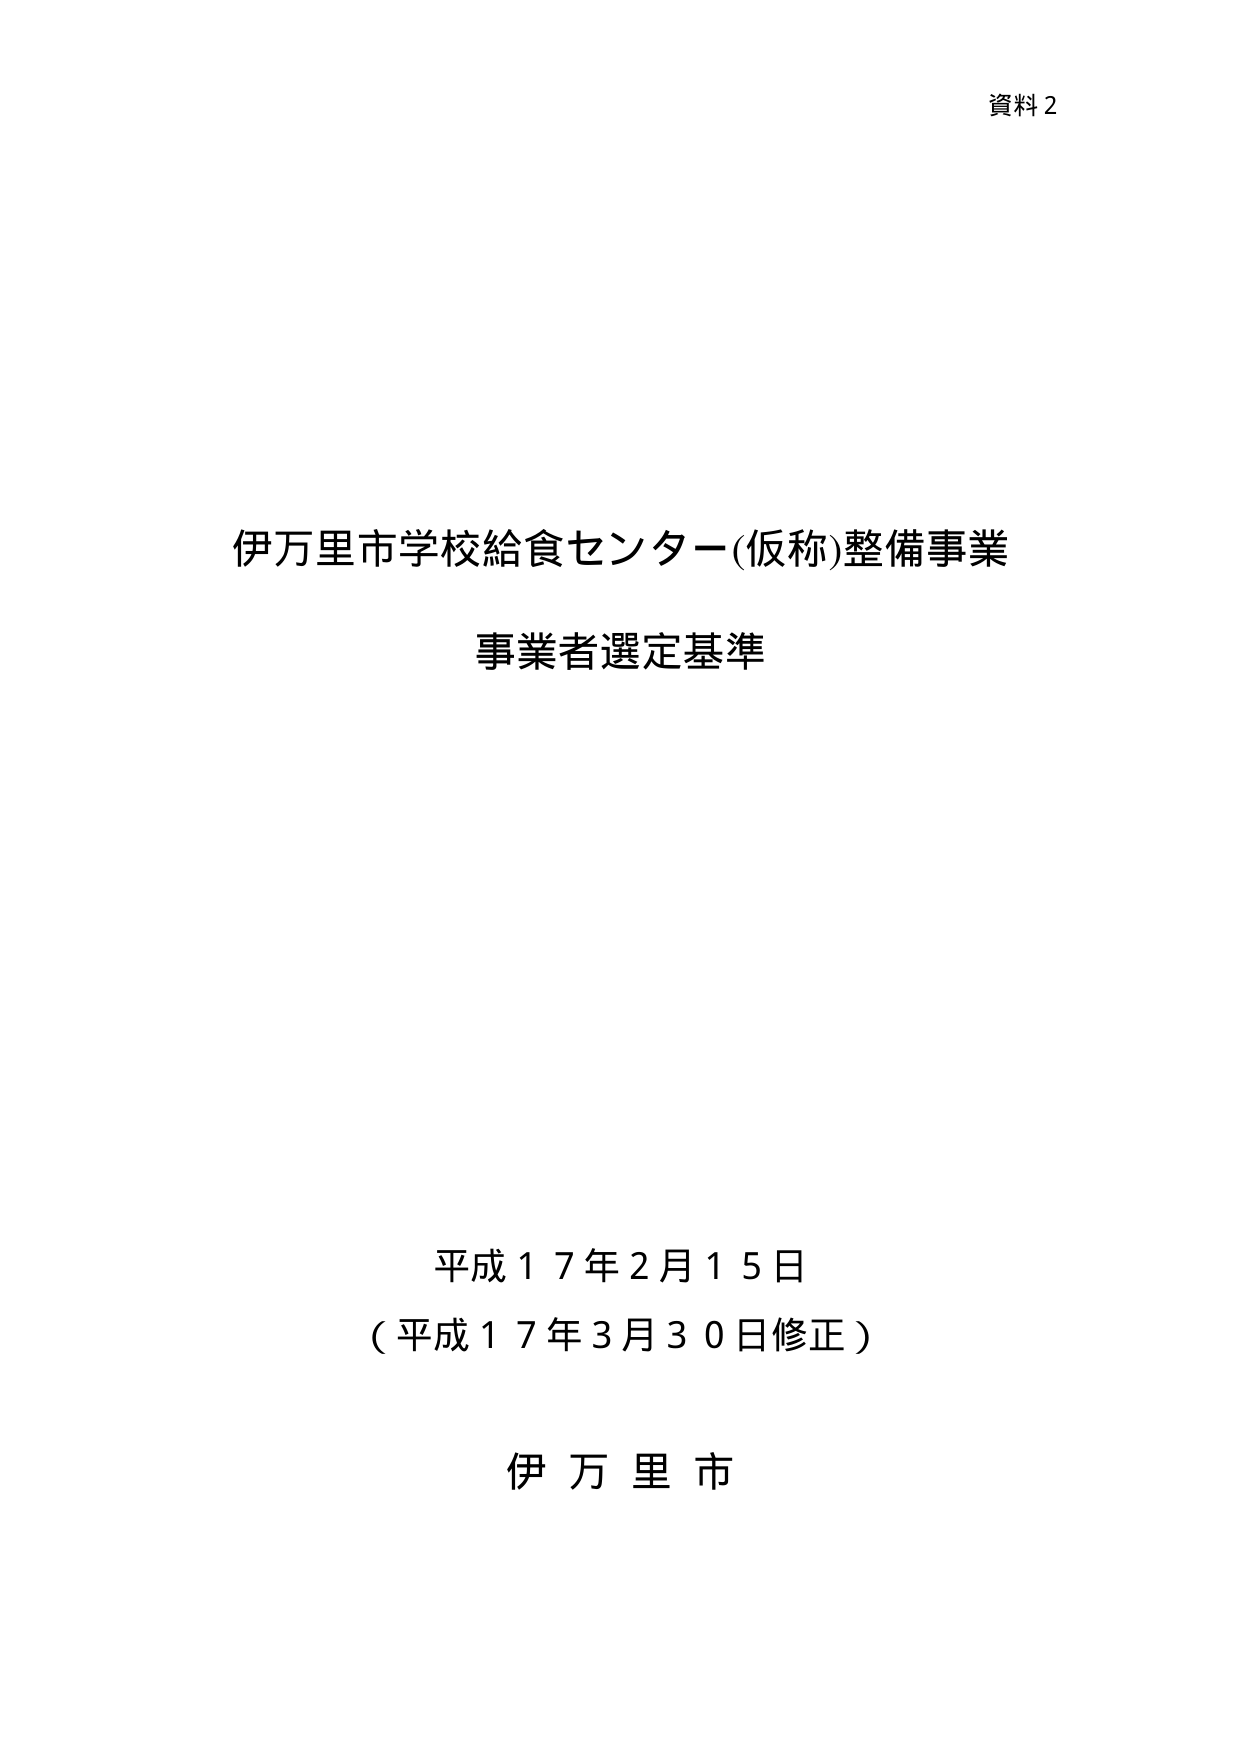
資料2

伊万里市学校給食センター(仮称)整備事業
事業者選定基準

平成17年2月15日
（平成17年3月30日修正）

伊万里市